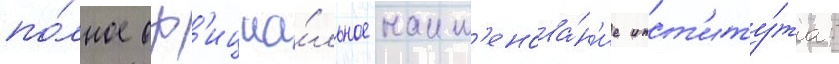
по́лное оф'ициа́льное наим'енова́н'ие инст'иту́та: